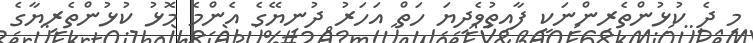
މި ދެ ކުޅުންތެރިންނަކީ ފާއިތުވެދިޔަ ހަތް އަހަރު ދުނިޔޭގެ އެންމެ މޮޅު ކުޅުންތެރިޔާގެ